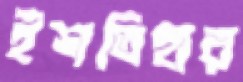
ইশতিহার